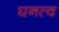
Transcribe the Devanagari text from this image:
घनत्‍व